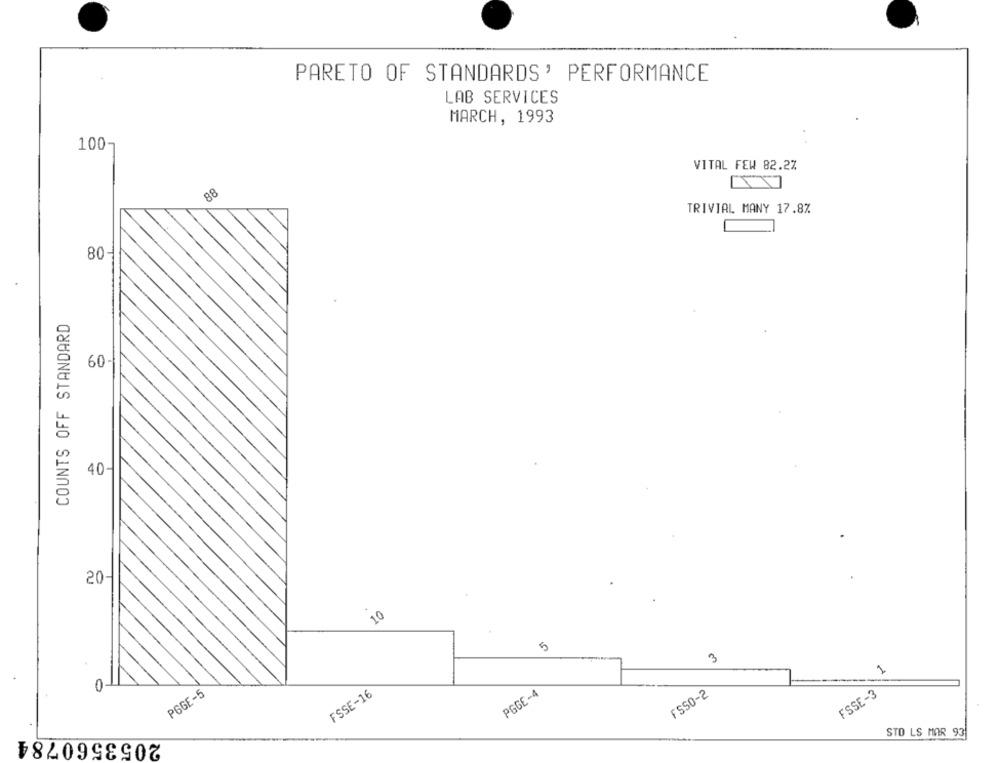
PARETO OF STANDARDS' PERFORMANCE
LAB SERVICES
MARCH, 1993
100
VITAL FEW 82.2%
TRIVIAL MANY 17.8%
80-
COUNTS OFF STANDARD
60-
40-
20-
10
3
PGGE-5
FSSE-16
PGGE-4
FSSO-2
FSSE-3
STO LS MAR 93
2053560784